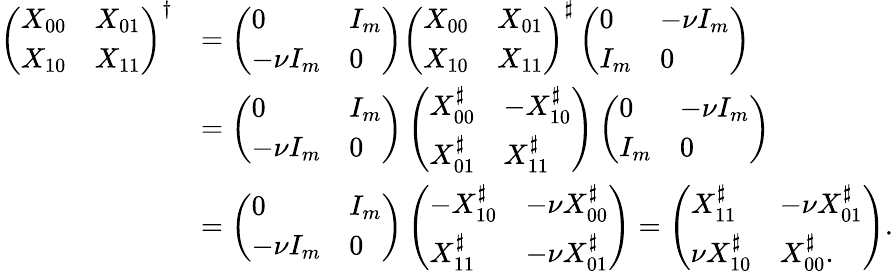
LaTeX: \begin{array}{rl}{\left(\begin{array}{ll}{X_{00}}&{X_{01}}\\ {X_{10}}&{X_{11}}\end{array}\right)^{\dagger}}&{=\left(\begin{array}{ll}{0}&{I_{m}}\\ {-\nu I_{m}}&{0}\end{array}\right)\left(\begin{array}{ll}{X_{00}}&{X_{01}}\\ {X_{10}}&{X_{11}}\end{array}\right)^{\sharp}\left(\begin{array}{ll}{0}&{-\nu I_{m}}\\ {I_{m}}&{0}\end{array}\right)}\\ &{=\left(\begin{array}{ll}{0}&{I_{m}}\\ {-\nu I_{m}}&{0}\end{array}\right)\left(\begin{array}{ll}{X_{00}^{\sharp}}&{-X_{10}^{\sharp}}\\ {X_{01}^{\sharp}}&{X_{11}^{\sharp}}\end{array}\right)\left(\begin{array}{ll}{0}&{-\nu I_{m}}\\ {I_{m}}&{0}\end{array}\right)}\\ &{=\left(\begin{array}{ll}{0}&{I_{m}}\\ {-\nu I_{m}}&{0}\end{array}\right)\left(\begin{array}{ll}{-X_{10}^{\sharp}}&{-\nu X_{00}^{\sharp}}\\ {X_{11}^{\sharp}}&{-\nu X_{01}^{\sharp}}\end{array}\right)=\left(\begin{array}{ll}{X_{11}^{\sharp}}&{-\nu X_{01}^{\sharp}}\\ {\nu X_{10}^{\sharp}}&{X_{00}^{\sharp}.}\end{array}\right).}\end{array}